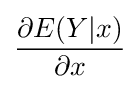
{\frac {\partial E(Y|x)}{\partial x}}